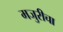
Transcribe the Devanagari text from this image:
मजुरीचा